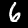
Label: 6